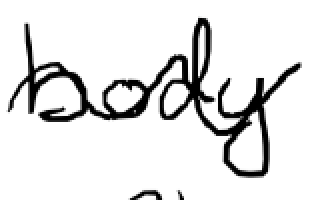
Text: body
Cross-out: wave
Writing tool: digital_black